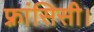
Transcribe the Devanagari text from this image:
फ़्रांसिसी।